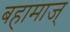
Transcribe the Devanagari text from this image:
बहामाज्